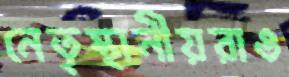
নেতৃস্থানীয়রাও